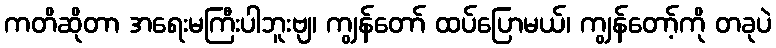
ကတိဆိုတာ အရေးမကြီးပါဘူးဗျ၊ ကျွန်တော် ထပ်ပြောမယ်၊ ကျွန်တော့်ကို တခုပဲ